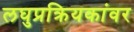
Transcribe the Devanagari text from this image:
लघुप्रक्रियकांवर